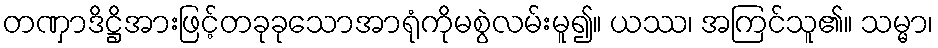
တဏှာဒိဋ္ဌိအားဖြင့်တခုခုသောအာရုံကိုမစွဲလမ်းမူ၍။ ယဿ၊ အကြင်သူ၏။ သမ္မာ၊